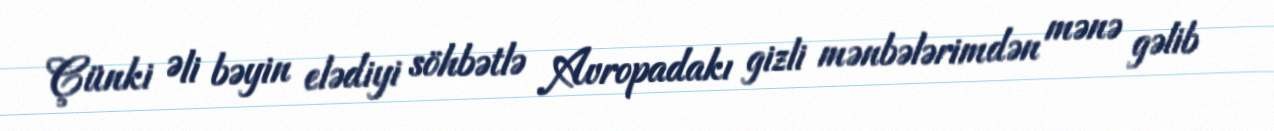
Çünki Əli bəyin elədiyi söhbətlə Avropadakı gizli mənbələrimdən mənə gəlib